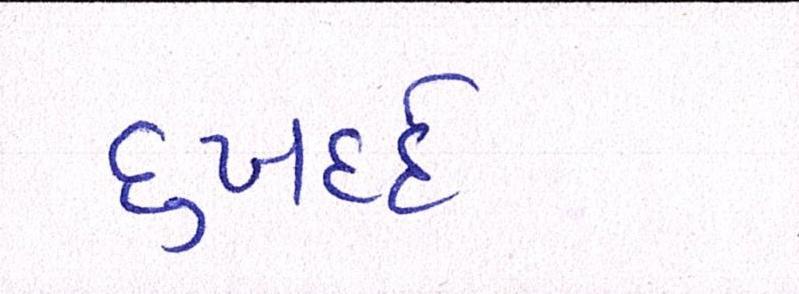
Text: દુઃખદર્દ